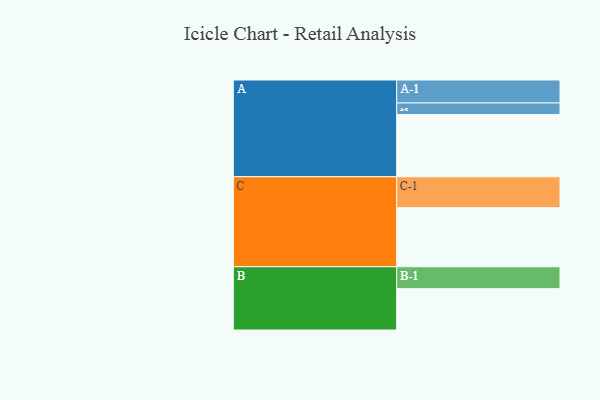
{"axis": {"x": "Segment", "y": "Value"}, "legend": ["", "A", "B", "C"], "data": [{"x": "A", "y": 520, "type": ""}, {"x": "B", "y": 346, "type": ""}, {"x": "C", "y": 494, "type": ""}, {"x": "A-1", "y": 192, "type": "A"}, {"x": "A-2", "y": 97, "type": "A"}, {"x": "B-1", "y": 183, "type": "B"}, {"x": "C-1", "y": 259, "type": "C"}]}